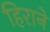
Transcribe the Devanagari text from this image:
हिराने